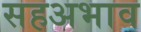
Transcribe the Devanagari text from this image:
सहअभाव